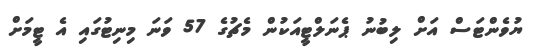
ޔުވެންޓަސް އަށް ލިބުނު ޕެނަލްޓީއަކުން މެޗުގެ 57 ވަނަ މިނިޓުގައި އެ ޓީމަށް